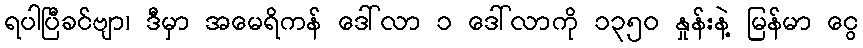
ရပါပြီခင်ဗျာ၊ ဒီမှာ အမေရိကန် ဒေါ်လာ ၁ ဒေါ်လာကို ၁၃၅၀ နှုန်းနဲ့ မြန်မာ ငွေ